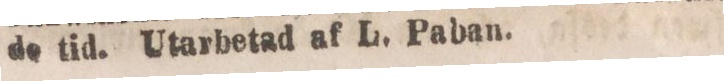
de tid. Utarbetad af L. Paban.